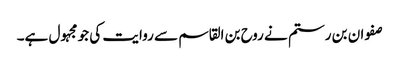
صفوان بن رستم نے روح بن القاسم سے روایت کی جو مجہول ہے۔